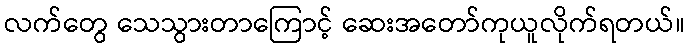
လက်တွေ သေသွားတာကြောင့် ဆေးအတော်ကုယူလိုက်ရတယ်။